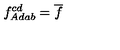
\ f _ { A d a b } ^ { c d } = \overline { { f } }